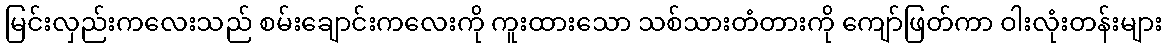
မြင်းလှည်းကလေးသည် စမ်းချောင်းကလေးကို ကူးထားသော သစ်သားတံတားကို ကျော်ဖြတ်ကာ ဝါးလုံးတန်းများ